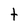
Character: t